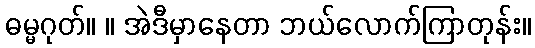
ဓမ္မဂုတ်။ ။ အဲဒီမှာနေတာ ဘယ်လောက်ကြာတုန်း။